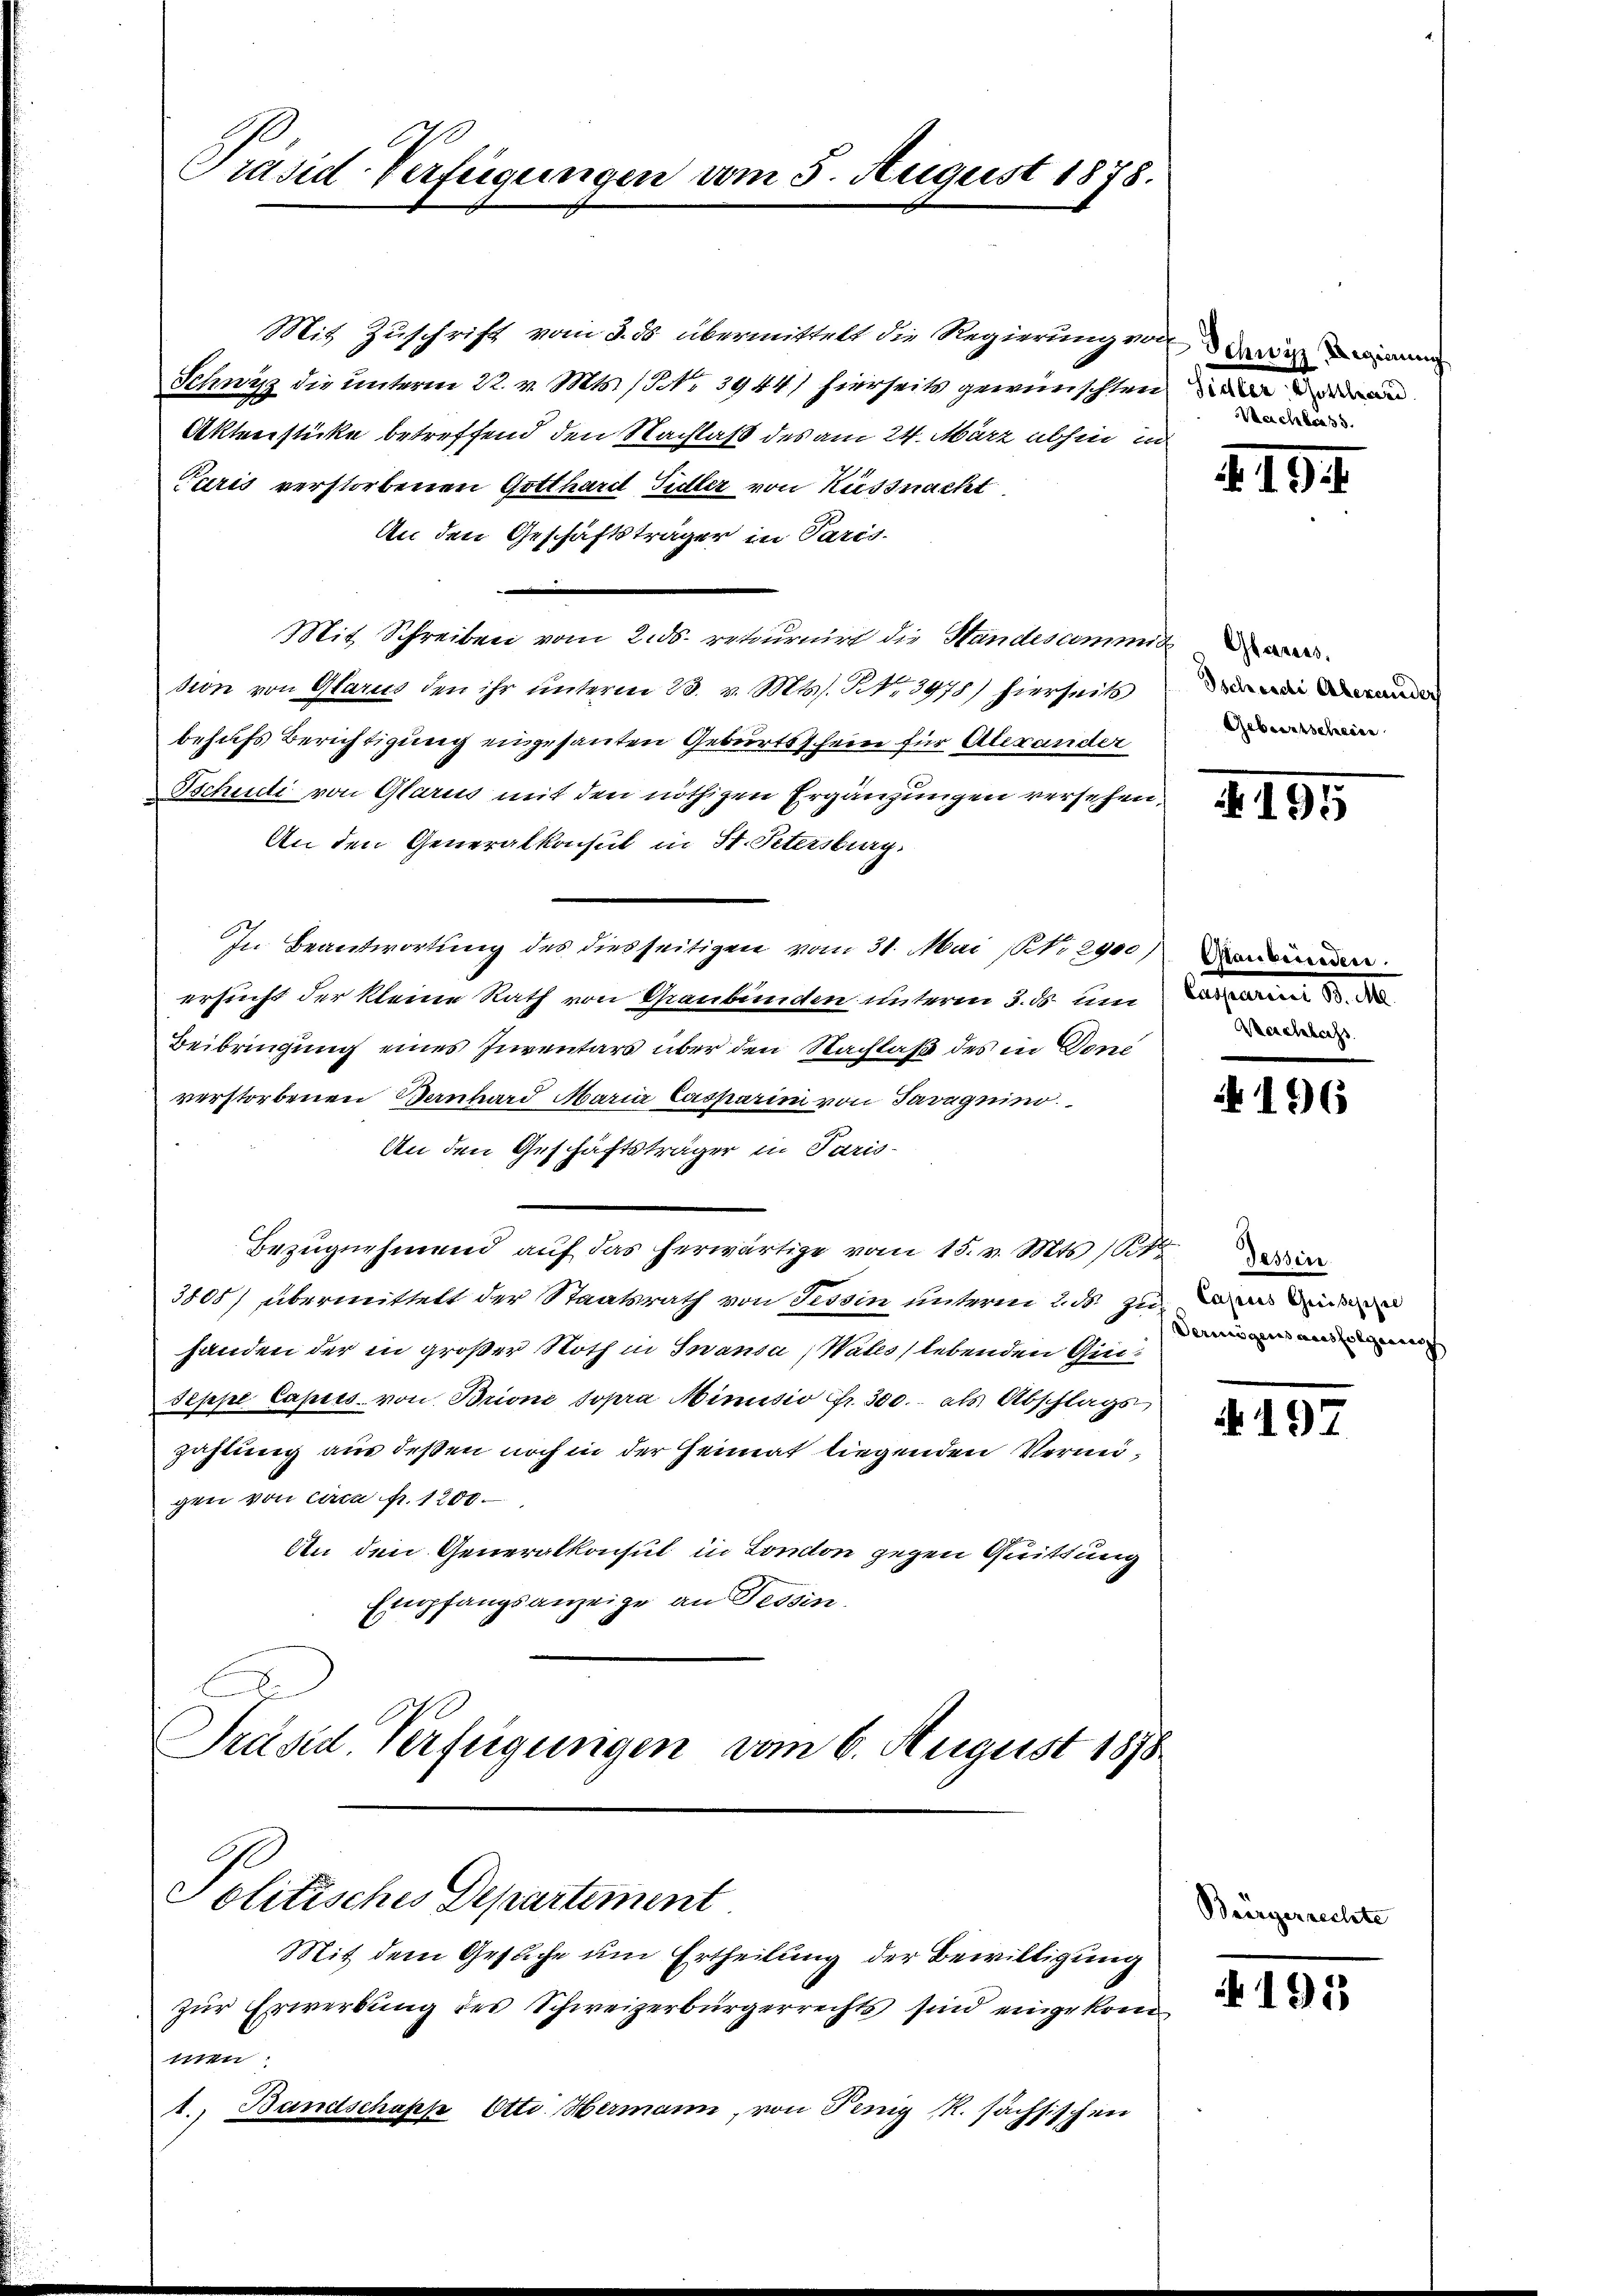
Präsid Verfügung

Mit Zuschrift vom 3. ds übermittelt die Regierungs¬
Schwyz die unterm 22. v. Mts. / NNo. 3944) hierseits gewünschten
Aktenstücke betreffend den Nachlaß des am 24. März abhin u
Paris verstorbenen Gotthard Sidler von Küssnacht
An den Geschäftsträger in Paris.

Mit Schreiben vom 2. ds. retournir die Standesamm
sion von Glarus den ihr unterm 23. v. Mts. No. 3978) hierseits
behufs Berichtigung eingesanten Geburtsschein für Alexander
Tschudi von Glarus mit den nöthigen Ergänzungen versehen
An den Generalkonsul in St. Petersburg.
In Beantwortung des diesseitigen vom 31. Mai NNo. 2900
ersucht der kleine Rath von Graubünden unterm 3. ds. um
Beibringung eines Inventars über den Nachlaß des in Vene
verstorbenen Bernhard Maria Casparin von Tavegnino.
An den Geschäftsträger in Paris-
Bezugnehmend auf das herwärtige vom 15. v. Mts. 161
3808) übermittelt der Staatsrath von Tessin unterm 2. ds. zu
handen der in großer Noth in Inansa (Wates) lebenden Gie¬
Seppe Caputs von Brione sopra Minusio Fr. 300. als Abschlags,
zahlung aus deßen noch in der Heimat liegenden Vermigen von circa p. 1200.
An den Generalkonsul in London gegen Quittung
Empfangsanzeige an Tessin.
E
Präsid Verfügungen vom 6. August 1878

Politisches Departement

Mit dem Gesuche um Ertheilung der Bewilligung
zur Erwerbung des Schweizerbürgerrechts sind eingekom

5. August 1878.

1n
1. Bandschaft Otti. Hermann, von Penig R. sächsischen

s

A

f Schwyz Regimum
heater Gestand
Machtrass.

7. Glarrers.
Tscheide Alexander
Geburtschreien

Glai
lasten
Ver

Be

2.194

195

196

windere
n d. M.
ebens

Dessen
Capus Griesessel
Vermögens ausfolgerreich

197

195

eclite